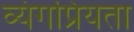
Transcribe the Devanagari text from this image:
व्यंगप्रियता